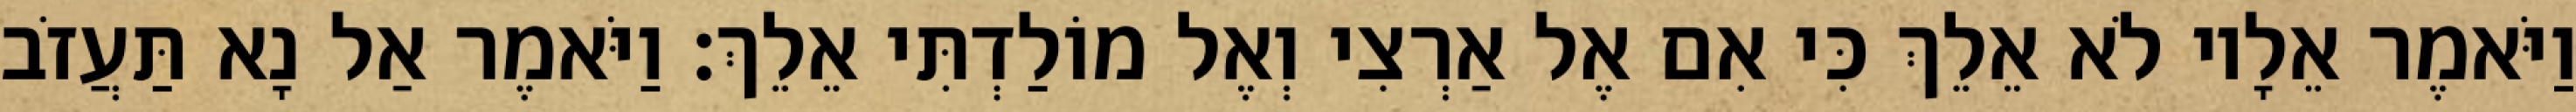
וַיֹּאמֶר אֵלָיו לֹא אֵלֵךְ כִּי אִם אֶל אַרְצִי וְאֶל מוֹלַדְתִּי אֵלֵךְ׃ וַיֹּאמֶר אַל נָא תַּעֲזֹב